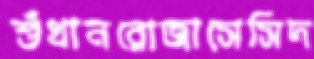
শুঁখানরোজাসেসিদ